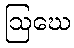
ဩဃေ